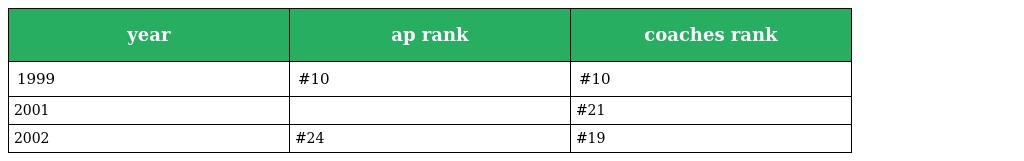
| year | ap rank | coaches rank |
 | --- | --- | --- |
 | 1999 | #10 | #10 |
 | 2001 |  | #21 |
 | 2002 | #24 | #19 |